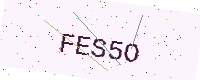
Text: FES5O